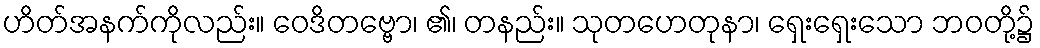
ဟိတ်အနက်ကိုလည်း။ ဝေဒိတဗ္ဗော၊ ၏၊ တနည်း။ သုတဟေတုနာ၊ ရှေးရှေးသော ဘဝတို့၌